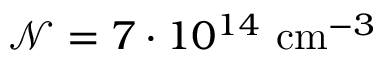
\mathcal { N } = 7 \cdot 1 0 ^ { 1 4 } \mathrm { ~ c m } ^ { - 3 }